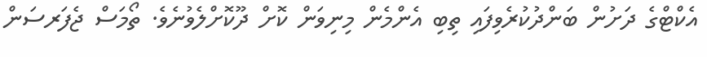
އެކްޓްގެ ދަށުން ބަންދުކުރެވިފައި ތިބި އެންމެން މިނިވަން ކޮށް ދޫކޮށްލެވުނެވެ. ތޯމަސް ޖެފަރސަން